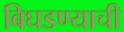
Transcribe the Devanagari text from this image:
बिघडण्याची